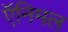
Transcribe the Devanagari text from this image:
ऍनिमल